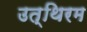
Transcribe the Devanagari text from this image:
उत्थिरम